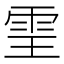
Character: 𩂊